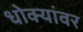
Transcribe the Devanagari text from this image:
धोक्यांवर